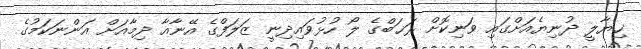
ޚިޔާލީ ދުނިޔެއަށްގައި ވަނިކޮށް ރަޚަބްގެ ލޯ ހުޅުވައިދިނީ ޒަލަފްގެ އޭނާއާ ދިމާއަށް އަންނަކަމުގެ